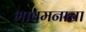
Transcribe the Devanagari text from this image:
भावमनाचा